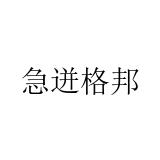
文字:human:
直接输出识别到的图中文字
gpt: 急迸格邦